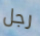
رجل